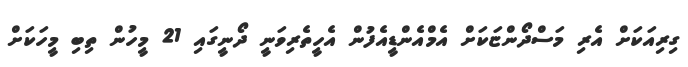
ގިރިއަކަށް އެރި މަސްދޯންޏަކަށް އެމްއެންޑީއެފުން އެހީތެރިވަނީ ދޯނީގައި 21 މީހުން ތިބި މީހަކަށް